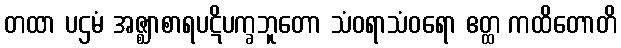
တထာ ပဌမံ အဇ္ဈာစာရပဋိပက္ခဘူတော သံဝရာသံဝရော ဧတ္ထ ကထိတောတိ